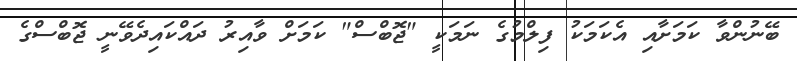
ބޭނުންވާ ކަމަށާއި އެކަމަކު ފިލްމުގެ ނަމަކީ "ޖޮބްސް" ކަމަށް ވާއިރު ދައްކައިދެވޭނީ ޖޮބްސްގެ